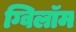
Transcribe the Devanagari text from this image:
ग्विलॉम